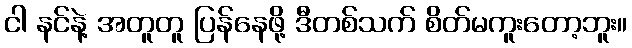
ငါ နင်နဲ့ အတူတူ ပြန်နေဖို့ ဒီတစ်သက် စိတ်မကူးတော့ဘူး။